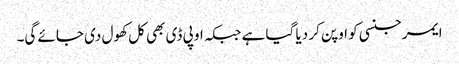
ایمرجنسی کو اوپن کر دیا گیا ہے جبکہ او پی ڈی بھی کل کھول دی جائے گی۔